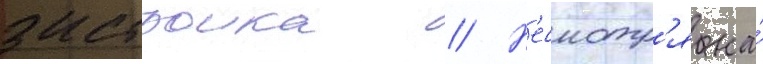
застроика // Н'есмотр'я на́